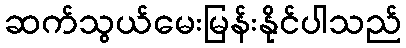
ဆက်သွယ်မေးမြန်းနိုင်ပါသည်